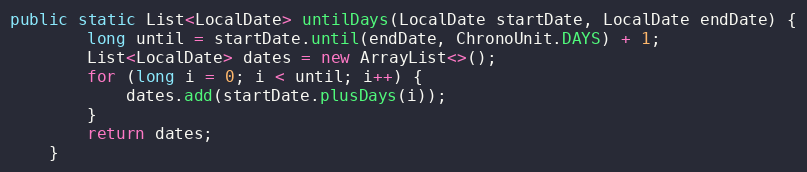
Language: Java
public static List<LocalDate> untilDays(LocalDate startDate, LocalDate endDate) {
        long until = startDate.until(endDate, ChronoUnit.DAYS) + 1;
        List<LocalDate> dates = new ArrayList<>();
        for (long i = 0; i < until; i++) {
            dates.add(startDate.plusDays(i));
        }
        return dates;
    }